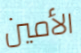
الأمين